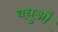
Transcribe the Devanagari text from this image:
वधुऔ